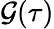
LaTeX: \mathcal{G}(\tau)